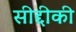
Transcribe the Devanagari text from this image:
सीद्दीकी